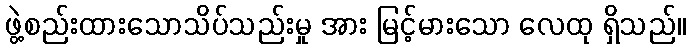
ဖွဲ့စည်းထားသောသိပ်သည်းမှု အား မြင့်မားသော လေထု ရှိသည်။